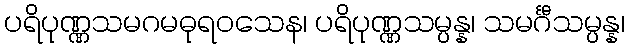
ပရိပုဏ္ဏသမဂမဓုရဝသေန၊ ပရိပုဏ္ဏသမ္ပန္န၊ သမင်္ဂီသမ္ပန္န၊